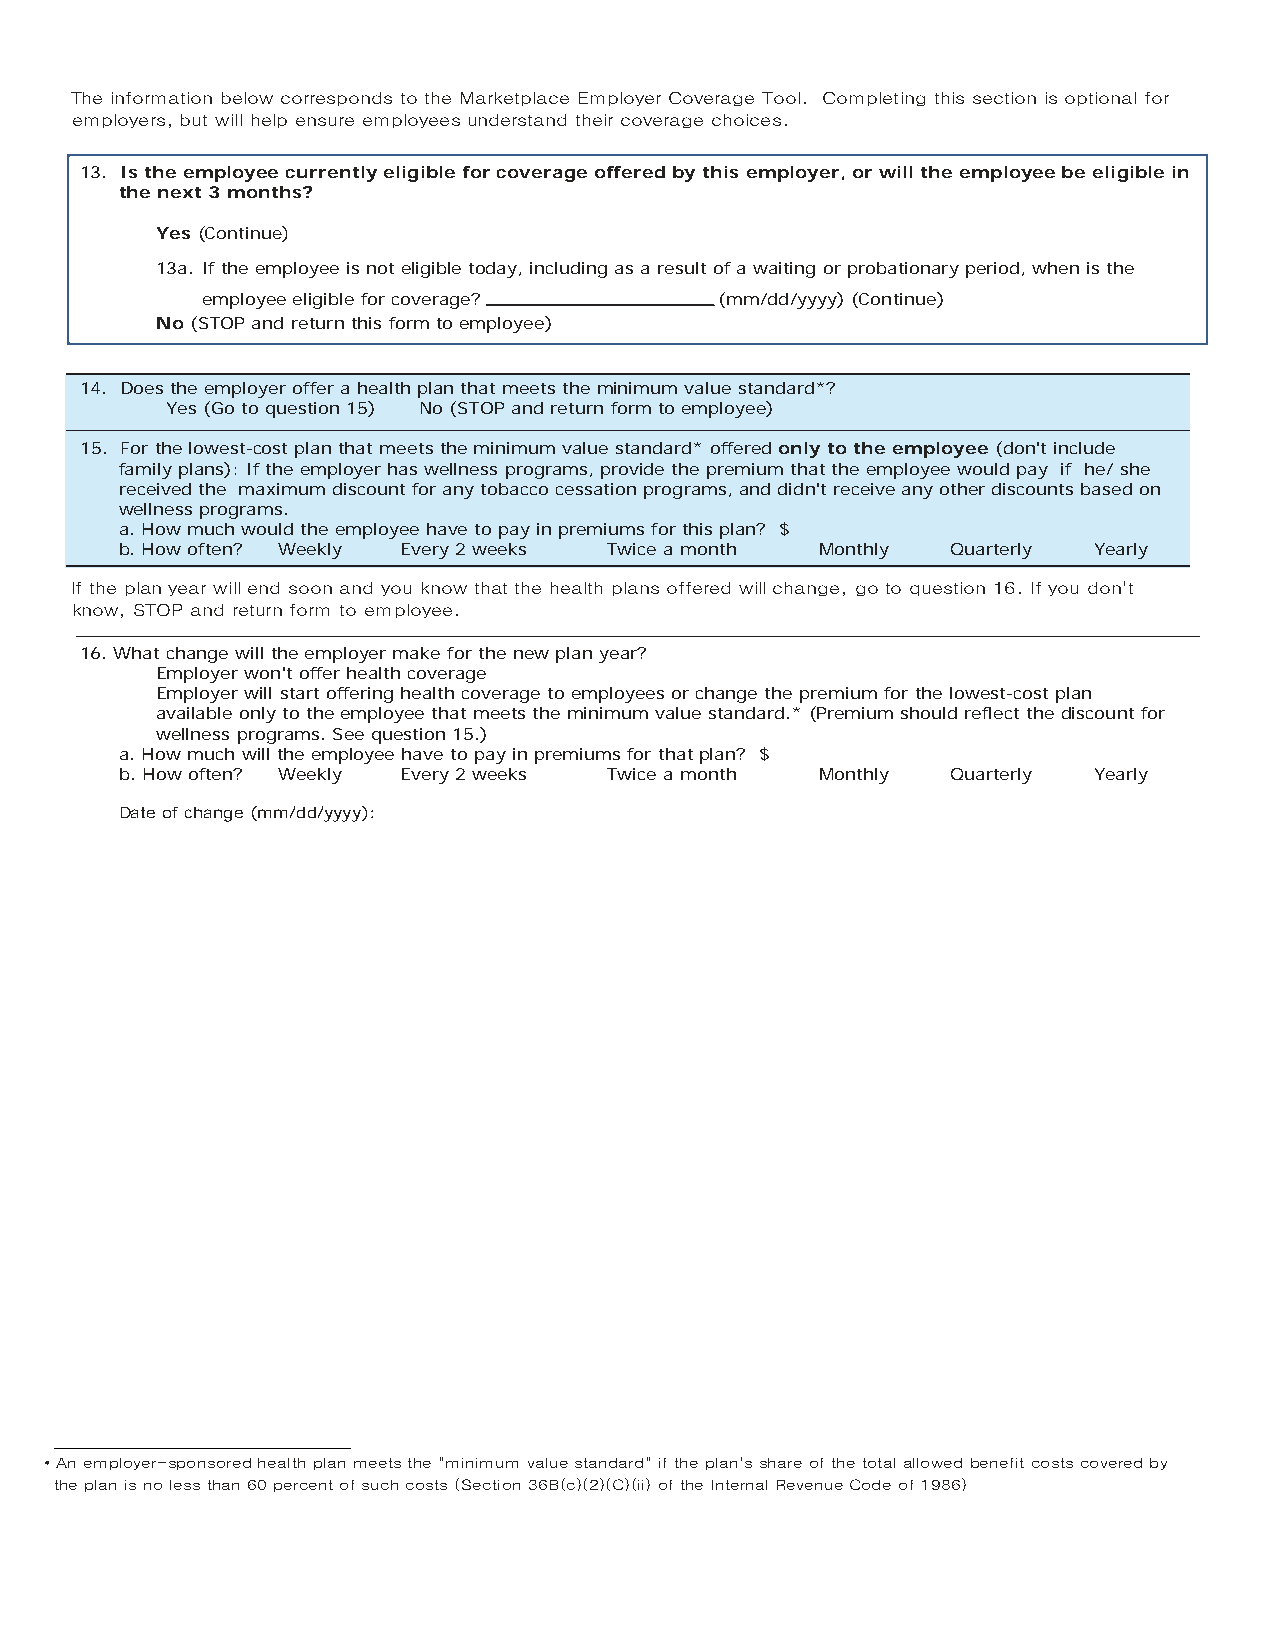
The information below corresponds to the Marketplace Employer Coverage Tool. Completing this section is optional for
 employers, but will help ensure employees understand their coverage choices.
 13. Is the employee currently eligible for coverage offered by this employer, or will the employee be eligible in
 the next 3 months?
 Yes (Continue)
 13a. If the employee is not eligible today, including as a result of a waiting or probationary period, when is the
 employee eligible for coverage?    (mm/dd/yyyy) (Continue)
 No (STOP and return this form to employee)
 14. Does the employer offer a health plan that meets the minimum value standard*?
 Yes (Go to question 15) No (STOP and return form to employee)
 15. For the lowest-cost plan that meets the minimum value standard* offered only to the employee (don't include
 family plans): If the employer has wellness programs, provide the premium that the employee would pay if he/ she
 received the maximum discount for any tobacco cessation programs, and didn't receive any other discounts based on
 wellness programs.
 a. How much would the employee have to pay in premiums for this plan? $
 b. How often? Weekly Every 2 weeks Twice a month Monthly Quarterly Yearly
 If the plan year will end soon and you know that the health plans offered will change, go to question 16. If you don't
 know, STOP and return form to employee.
 16. What change will the employer make for the new plan year?
 Employer won't offer health coverage
 Employer will start offering health coverage to employees or change the premium for the lowest-cost plan
 available only to the employee that meets the minimum value standard.* (Premium should reflect the discount for
 wellness programs. See question 15.)
 a. How much will the employee have to pay in premiums for that plan? $
 b. How often? Weekly Every 2 weeks Twice a month Monthly Quarterly Yearly
 Date of change (mm/dd/yyyy):
 • An employer-sponsored health plan meets the "minimum value standard" if the plan's share of the total allowed benefit costs covered by
 the plan is no less than 60 percent of such costs (Section 36B(c)(2)(C)(ii) of the Internal Revenue Code of 1986)